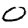
Digit: 0